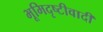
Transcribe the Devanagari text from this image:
भूमिदृष्टीवादी